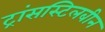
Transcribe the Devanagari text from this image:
ट्रांसस्टिलबीन